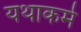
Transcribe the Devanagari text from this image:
यथाकर्म